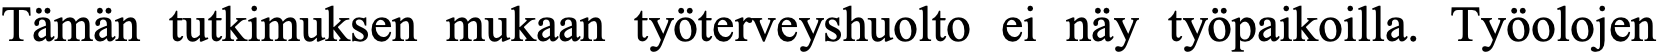
Tämän tutkimuksen mukaan työterveyshuolto ei näy työpaikoilla. Työolojen